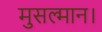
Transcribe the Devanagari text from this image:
मुसल्मान।